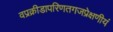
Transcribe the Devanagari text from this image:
वप्रक्रीडापरिणतगजप्रेक्षणीयं